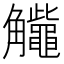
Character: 𧥕